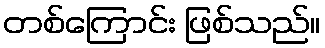
တစ်ကြောင်း ဖြစ်သည်။